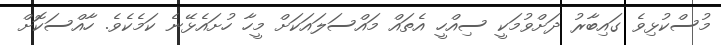
މުސްކުޅިވެ ގައިބާރު ދަށްވުމަކީ ސިއްހީ އެތައް މައްސަލައަކަށް މީހާ ހުށައެޅޭނެ ކަމެކެވެ. ހާއްސަކޮށް